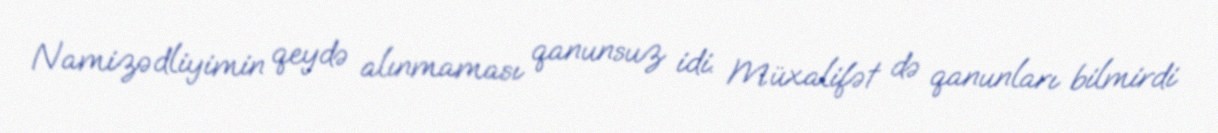
Namizədliyimin qeydə alınmaması qanunsuz idi. Müxalifət də qanunları bilmirdi